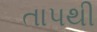
તાપથી